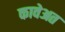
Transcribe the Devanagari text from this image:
कावेअत